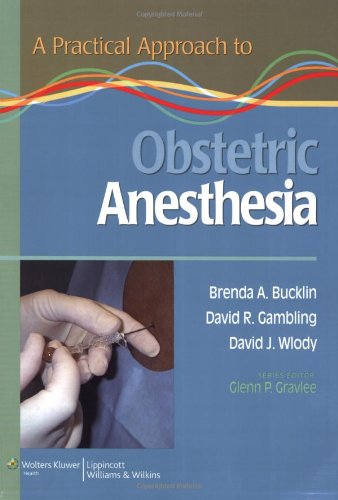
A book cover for A Practical Approach to Obstetric Anesthesia (Practical Approach (Lippincott & Wilkins)); Medical Books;